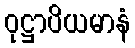
ဝုဋ္ဌာပိယမာနံ